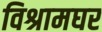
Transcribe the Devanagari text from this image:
विश्रामघर